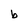
Character: b